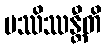
ပဿိဿန္တီတိ